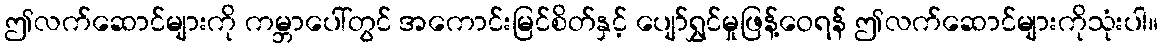
ဤလက်ဆောင်များကို ကမ္ဘာပေါ်တွင် အကောင်းမြင်စိတ်နှင့် ပျော်ရွှင်မှုဖြန့်ဝေရန် ဤလက်ဆောင်များကိုသုံးပါ။